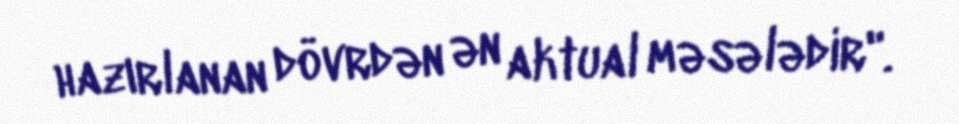
hazırlanan dövrdən ən aktual məsələdir".